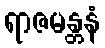
ရာဇမန္တနံ